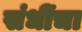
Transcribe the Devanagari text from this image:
संधींचा